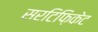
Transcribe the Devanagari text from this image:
सरटिफ़िकेट